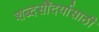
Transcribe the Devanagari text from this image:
शब्दसौंदर्यासाठी